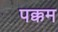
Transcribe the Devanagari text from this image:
पक्कम